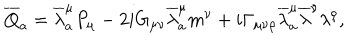
{ \overline { { { Q } } } } _ { a } = { \overline { { \lambda } } } _ { a } ^ { \mu } P _ { \mu } - 2 i G _ { \mu \nu } { \overline { { \lambda } } } _ { a } ^ { \mu } m ^ { \nu } + i \Gamma _ { \mu \nu \rho } { \overline { { \lambda } } } _ { a } ^ { \mu } { \overline { { \lambda } } } ^ { \nu } \lambda ^ { \rho } ,